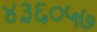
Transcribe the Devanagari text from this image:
४३६०५७